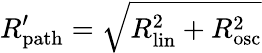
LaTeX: R_{\mathrm{{path}}}^{\prime}=\sqrt{R_{\mathrm{{lin}}}^{2}+R_{\mathrm{{osc}}}^{2}}